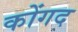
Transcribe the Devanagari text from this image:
कोंगद